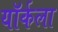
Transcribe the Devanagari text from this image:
यॉर्कला